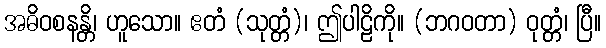
အဓိဝစနန္တိ၊ ဟူသော။ ဧတံ (သုတ္တံ)၊ ဤပါဠိကို။ (ဘဂဝတာ) ဝုတ္တံ၊ ပြီ။